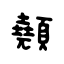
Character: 顤